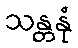
သန္တနုံ